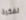
لفكرة